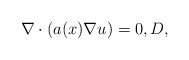
\begin{align*}\nabla \cdot (a(x) \nabla u) = 0, D,\end{align*}